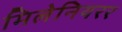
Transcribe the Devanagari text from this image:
मिलेनियरर